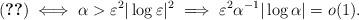
LaTeX: \begin{align*} \eqref{eq:ultimate.ii} \iff \alpha > \varepsilon^2 |\log \varepsilon|^2 \implies \varepsilon^2 \alpha^{-1} |\log \alpha| = o(1).\end{align*}